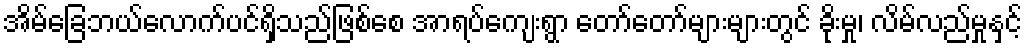
အိမ်ခြေဘယ်လောက်ပင်ရှိသည်ဖြစ်စေ အာရပ်ကျေးရွာ တော်တော်များများတွင် ခိုးမှု၊ လိမ်လည်မှုနှင့်